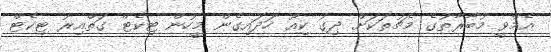
އެމްވީ މުބާރާތުގެ މެޗުތަކަށް ދިގު ކިއޫ ހަދައިގެން މީހުން ޓިކެޓް ގަތްއިރު ޓިކެޓް